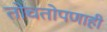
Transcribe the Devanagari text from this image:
तोचतोपणाही